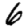
Digit: 6